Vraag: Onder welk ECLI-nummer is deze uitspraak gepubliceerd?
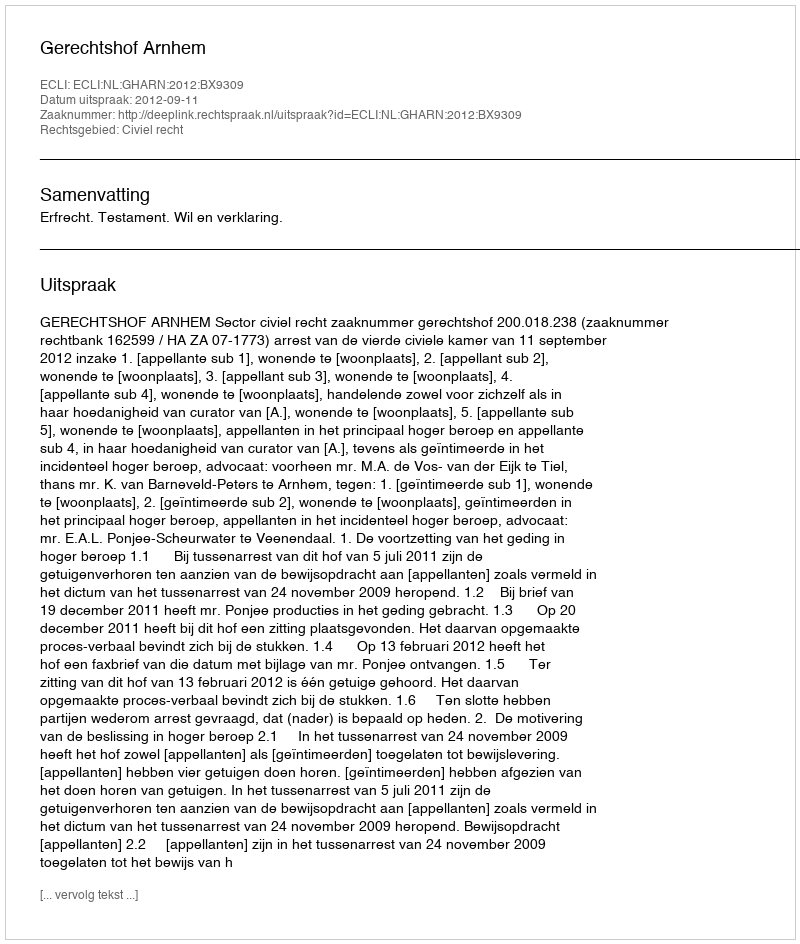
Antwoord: ECLI:NL:GHARN:2012:BX9309